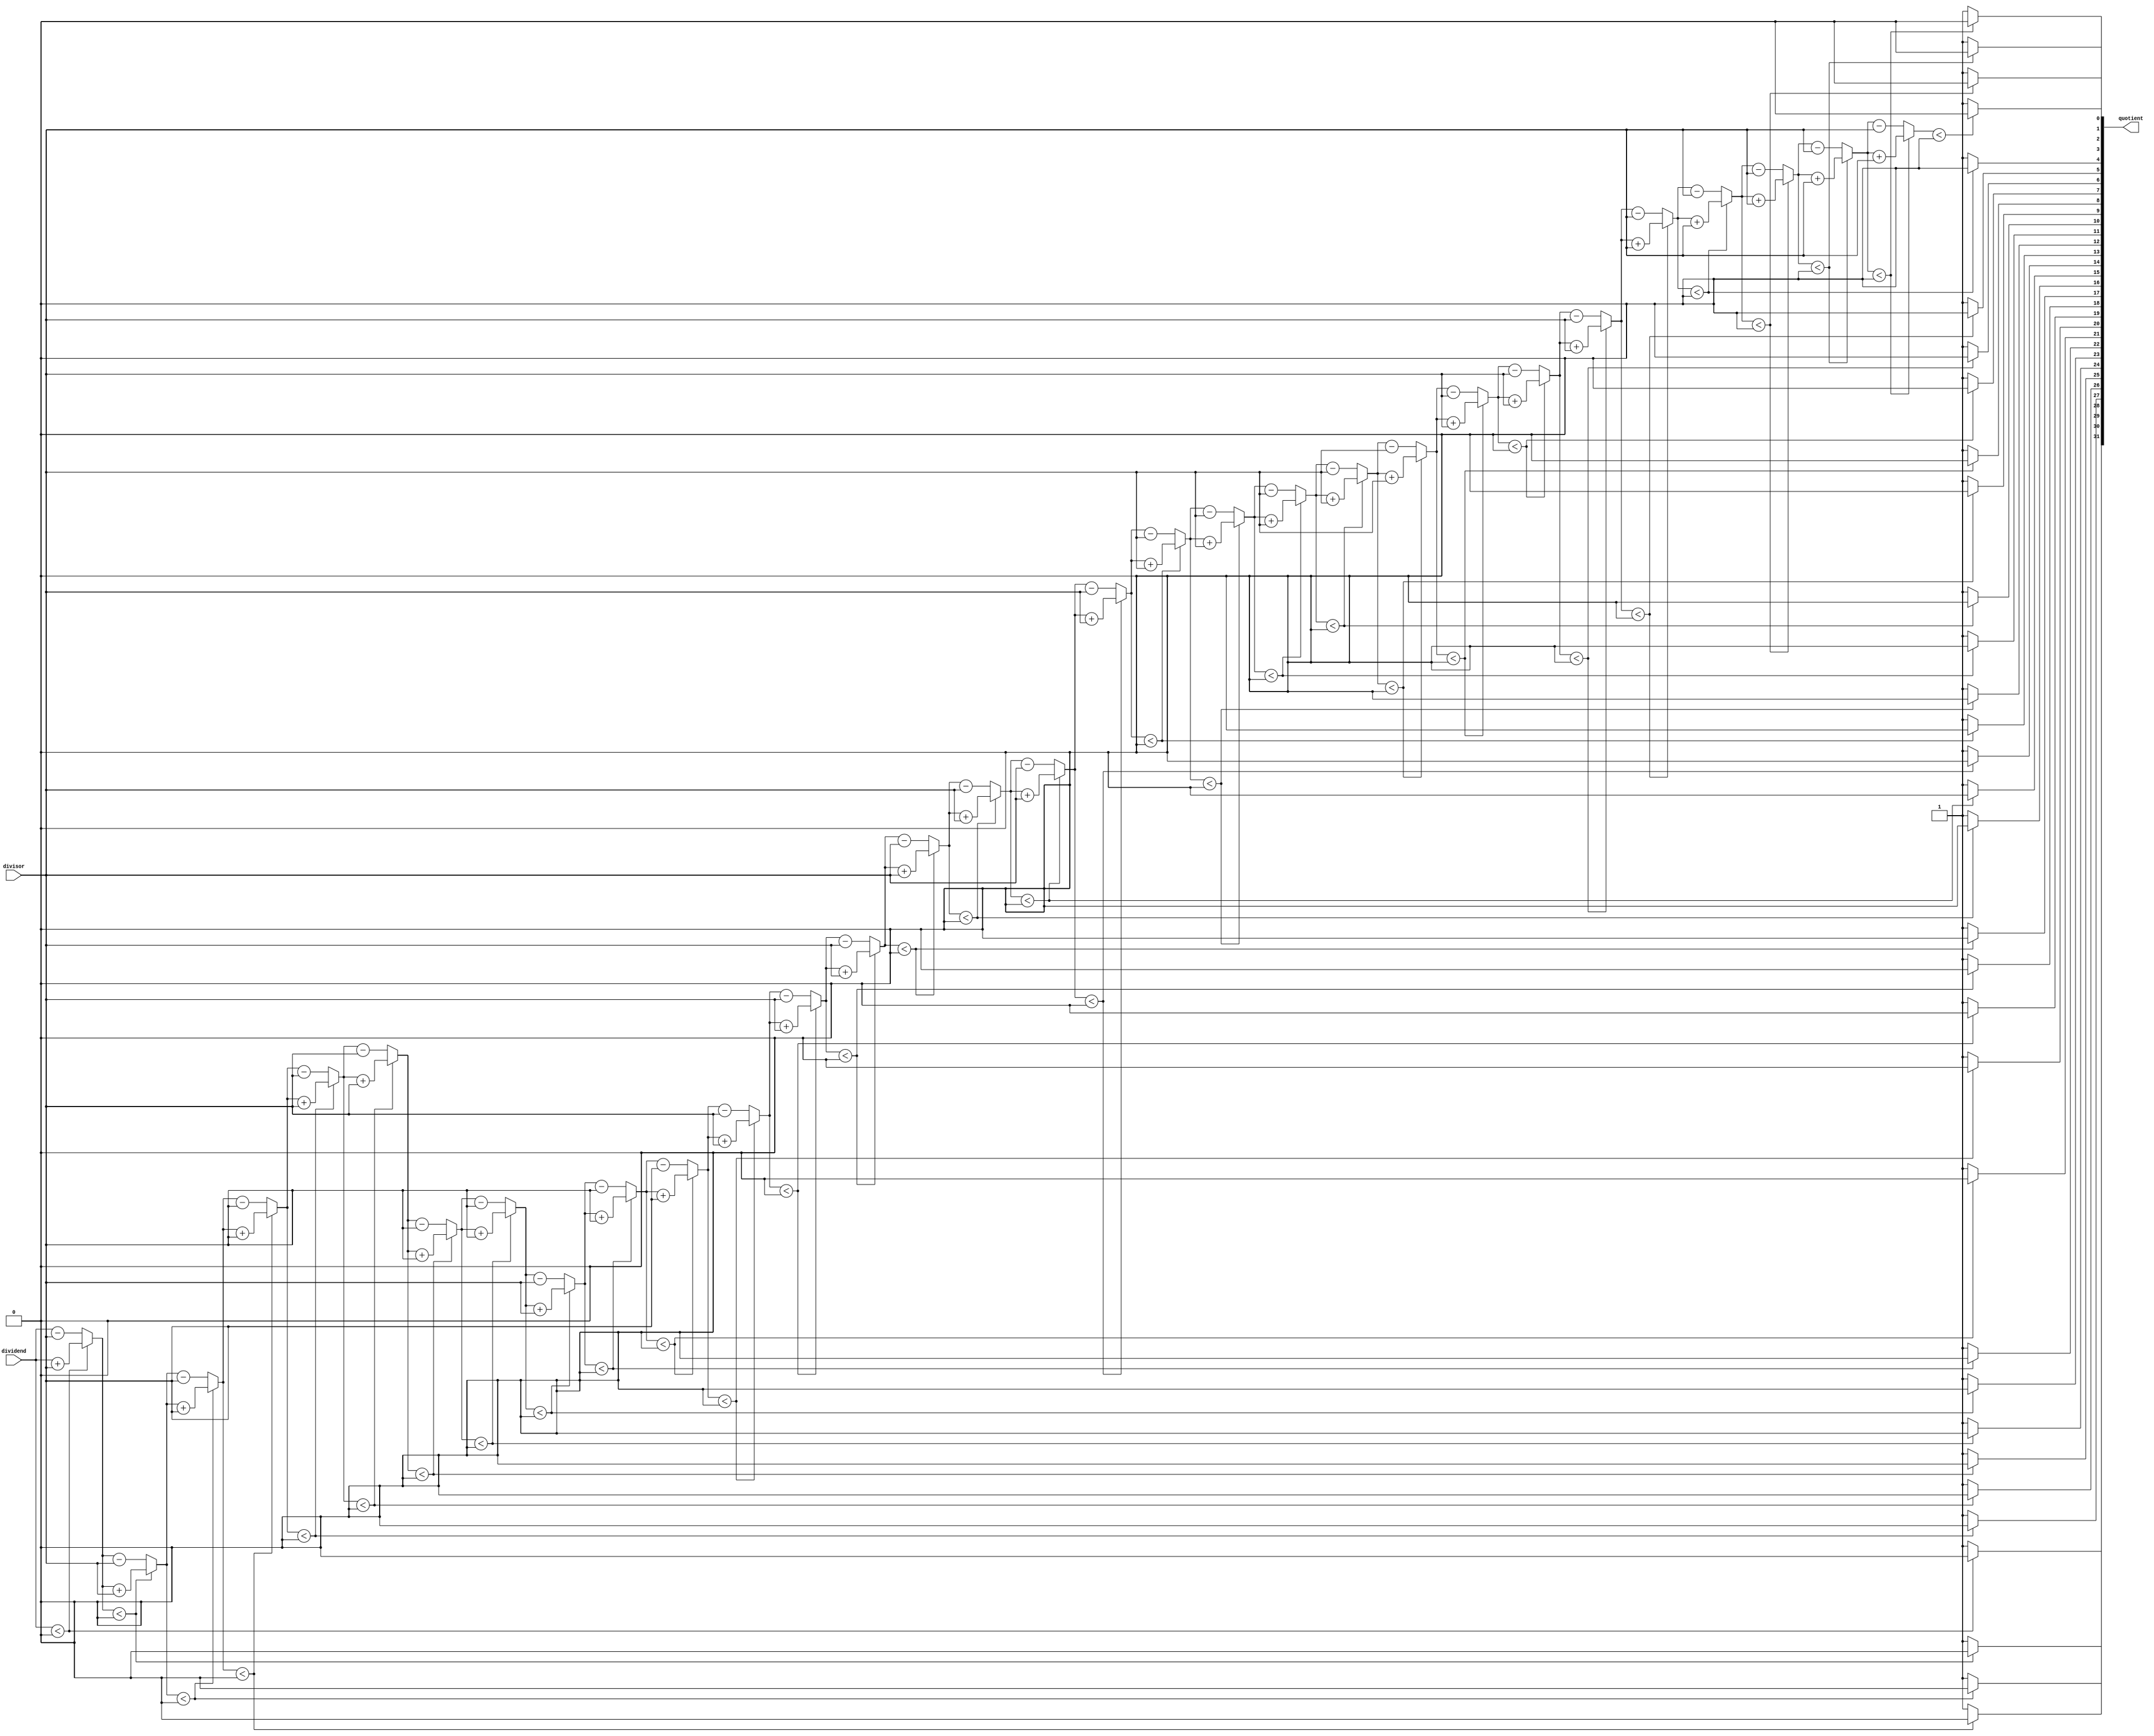
module non_restoring_divider (
    input signed [31:0] dividend,
    input signed [31:0] divisor,
    output reg signed [31:0] quotient
);

reg signed [31:0] remainder;
reg signed [31:0] dividend_trans;
reg signed [31:0] negative_divisor;

integer i;

always @(*) begin
    remainder = dividend;
    negative_divisor = -divisor;
    quotient = 0;
    
    for (i = 0; i < 32; i = i + 1) begin
        if (remainder < 0) begin
            remainder = remainder + divisor;
            dividend_trans = dividend_trans << 1;
        end else begin
            remainder = remainder - divisor;
            dividend_trans = dividend_trans << 1;
            dividend_trans[0] = 1;
        end
    end
    
    quotient = dividend_trans;
end

endmodule